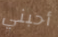
أحبني